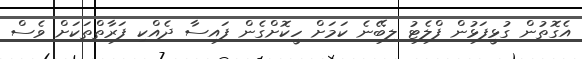
އެގޮތުން ގުޅީފަޅުން ފްލެޓު ލިބޭނެ ކަމަށް ހީކޮށްގެން ފައިސާ ދެއްކި ފަރާތްތަކަށް ވެސް